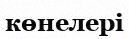
көнелері